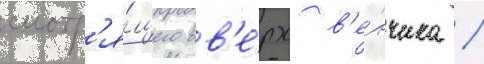
смотр'я́щего вв'е́рх в'е́нчика /